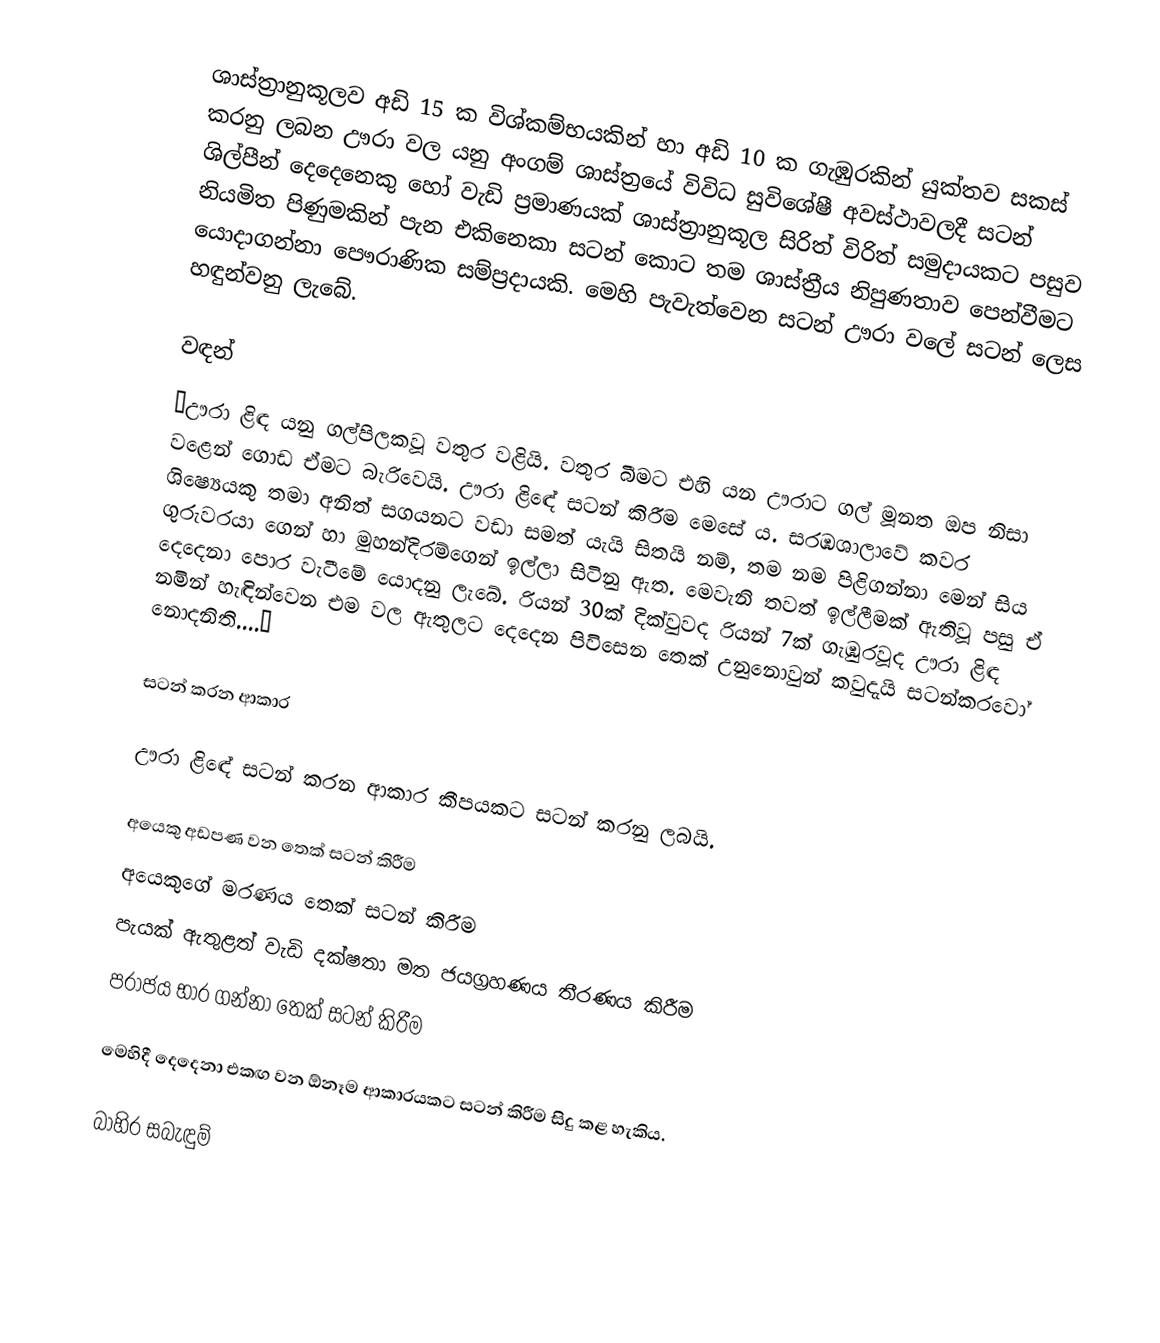
ශාස්ත්‍රානුකූලව අඩි 15 ක විශ්කම්භයකින් හා අඩි 10 ක ගැඹුරකින් යුක්තව සකස් කරනු ලබන ඌරා වල යනු අංගම් ශාස්ත්‍රයේ විවිධ සුවිශේෂී අවස්ථාවලදී සටන් ශිල්පීන් දෙදෙනෙකු හෝ වැඩි ප්‍රමාණයක් ශාස්ත්‍රානුකූල සිරිත් විරිත් සමුදායකට පසුව නියමිත පිණුමකින් පැන එකිනෙකා සටන් කොට තම ශාස්ත්‍රීය නිපුණතාව පෙන්වීමට යොදාගන්නා පෞරාණික සම්ප්‍රදායකි. මෙහි පැවැත්වෙන සටන් ඌරා වලේ සටන් ලෙස හඳුන්වනු ලැබේ.

වඳන්
“ඌරා ළිඳ යනු ගල්පිලකවූ වතුර වළියි. වතුර බීමට එහි යන ඌරාට ගල් මූනත ඔප නිසා වළෙන් ගොඩ ඒමට බැරිවෙයි. ඌරා ළිඳේ සටන් කිරීම මෙසේ ය. සරඹශාලාවේ කවර ශිෂ්‍යෙයකු තමා අනිත් සගයනට වඩා සමත් යැයි සිතයි නම්, තම නම පිළිගන්නා මෙන් සිය ගුරුවරයා ගෙන් හා මුහන්දිරම්ගෙන් ඉල්ලා සිටිනු ඇත. මෙවැනි තවත් ඉල්ලීමක් ඇතිවූ පසු ඒ දෙදෙනා පොර වැටීමේ යොදනු ලැබේ. රියන් 30ක් දික්වුවද රියන් 7ක් ගැඹුරවූද ඌරා ළිඳ නමින් හැඳින්වෙන එම වල ඇතුලට දෙදෙන පිවිසෙන තෙක් උනුනොවුන් කවුදැයි සටන්කරවෝ නොදනිති....“

සටන් කරන ආකාර

ඌරා ළිඳේ සටන් කරන ආකාර කීපයකට සටන් කරනු ලබයි.

 අයෙකු අඩපණ වන තෙක් සටන් කිරීම
 අයෙකුගේ මරණය තෙක් සටන් කිරීම
 පැයක් ඇතුළත් වැඩි දක්ෂතා මත ජයග්‍රහණය තීරණය කිරීම
 පරාජය භාර ගන්නා තෙක් සටන් කිරීම

මෙහිදී දෙදෙනා එකඟ වන ඕනෑම ආකාරයකට සටන් කිරීම සිදු කළ හැකිය.

බාහිර සබැඳුම්